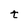
Character: t